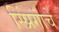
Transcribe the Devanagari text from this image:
स्प्रिंगांचे